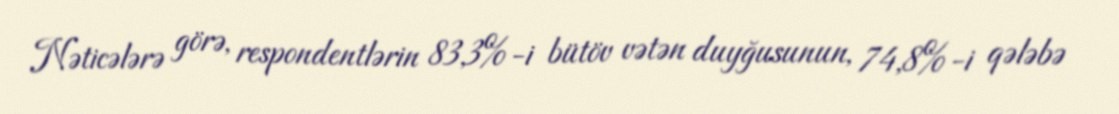
Nəticələrə görə, respondentlərin 83,3%-i bütöv vətən duyğusunun, 74,8%-i qələbə